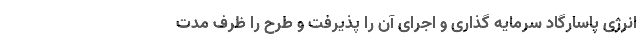
انرژی پاسارگاد سرمایه گذاری و اجرای آن را پذیرفت و طرح را ظرف مدت